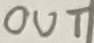
Text: OUT